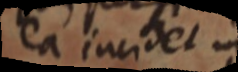
ea incidet in